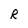
Character: R